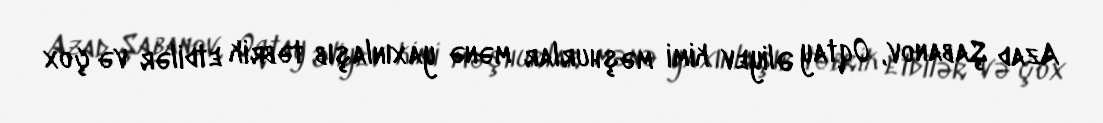
Azad Şabanov, Oqtay Əliyev kimi məşhurlar mənə yaxınlaşıb təbrik etdilər və çox